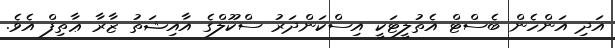
އަދި އަންހެން ބެސްޓް އެތުލީޓަކީ އިސްކަންދަރު ސްކޫލްގެ އާއިޝަތު ޒާރާ ޢާތިފް އެވެ.